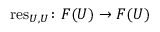
\operatorname { r e s } _ { U , U } \colon F ( U ) \rightarrow F ( U )